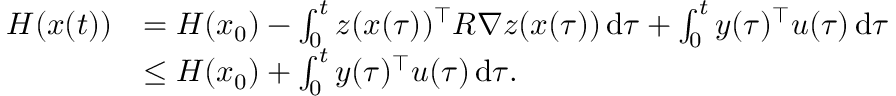
\begin{array} { r l } { H ( x ( t ) ) } & { = H ( x _ { 0 } ) - \int _ { 0 } ^ { t } z ( x ( \tau ) ) ^ { \top } R \nabla z ( x ( \tau ) ) \, \mathrm { d } \tau + \int _ { 0 } ^ { t } y ( \tau ) ^ { \top } u ( \tau ) \, \mathrm { d } \tau } \\ & { \le H ( x _ { 0 } ) + \int _ { 0 } ^ { t } y ( \tau ) ^ { \top } u ( \tau ) \, \mathrm { d } \tau . } \end{array}